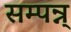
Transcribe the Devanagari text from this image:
सम्पन्न्